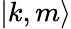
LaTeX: |k,m\rangle